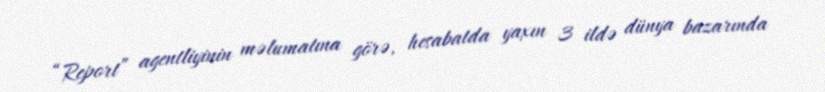
“Report” agentliyinin məlumatına görə, hesabatda yaxın 3 ildə dünya bazarında